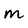
Character: m